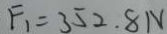
F _ { 1 } = 3 5 2 . 8 N